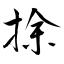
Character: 捈